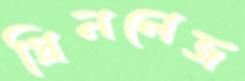
গ্রিনলেজ